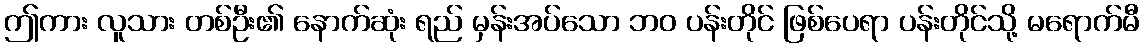
ဤကား လူသား တစ်ဦး၏ နောက်ဆုံး ရည် မှန်းအပ်သော ဘဝ ပန်းတိုင် ဖြစ်ပေရာ ပန်းတိုင်သို့ မရောက်မီ